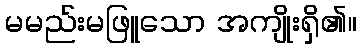
မမည်းမဖြူသော အကျိုးရှိ၏။